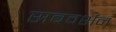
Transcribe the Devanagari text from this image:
सबवर्शन